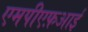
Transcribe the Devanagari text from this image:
एमपीएफ़आई